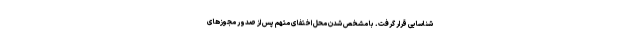
شناسایی قرار گرفت. با مشخص شدن محل اختفای متهم پس از صدور مجوزهای